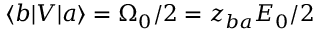
\langle b | V | a \rangle = \Omega _ { 0 } / 2 = z _ { b a } { \cal E } _ { 0 } / 2